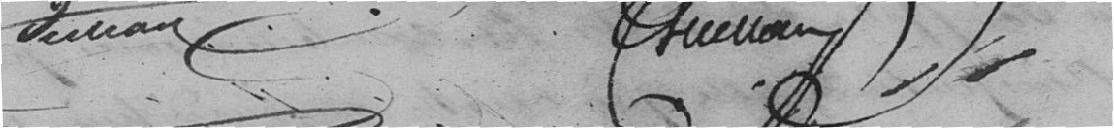
????????              ???????????????????